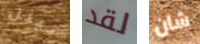
تبلل لقد شان